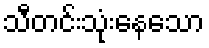
သီတင်းသုံးနေသော